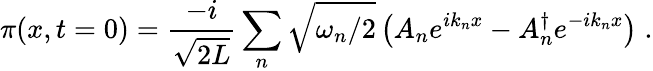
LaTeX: \pi(x,t=0)=\frac{-i}{\sqrt{2L}}\sum_{n}\sqrt{\omega_{n}/2}\left(A_{n}e^{ik_{n}x}-A_{n}^{\dagger}e^{-ik_{n}x}\right)\; .